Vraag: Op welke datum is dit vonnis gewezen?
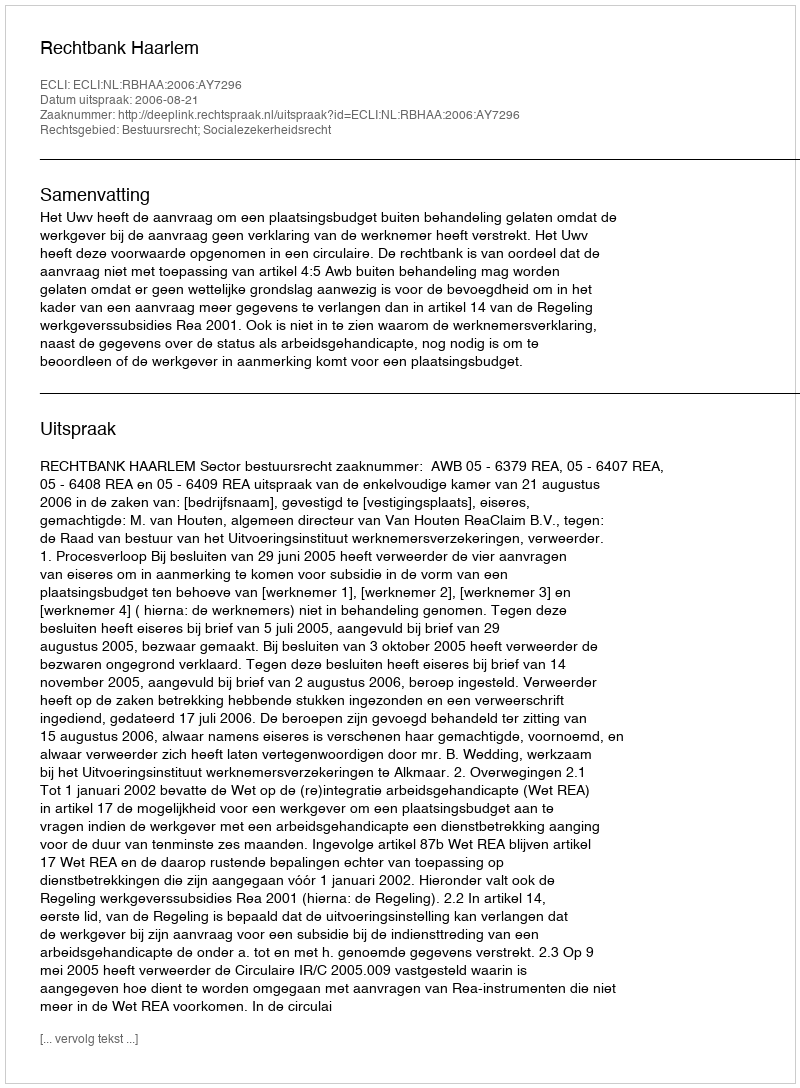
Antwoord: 2006-08-21